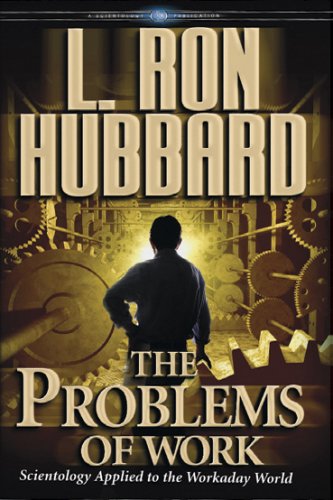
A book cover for The Problems of Work: Scientology Applied to the Workaday World; L. Ron Hubbard; Religion & Spirituality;